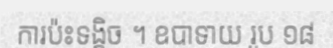
ការប៉ះទង្គិច ។ ឧបាទាយ រូប ១៨